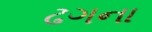
ઢગના